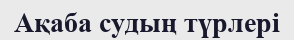
Ақаба судың түрлері